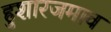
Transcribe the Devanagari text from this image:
हुशारजमाव